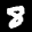
Label: 8